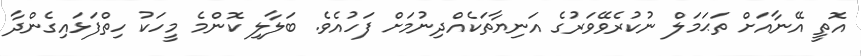
އޮތީ އޭނާއަށް ތަޙަމަލް ނުކުރެވޭވަރުގެ އަނިޔާތަކެއްދިނުމަށް ފަހުއެވެ. ބަލާލި ކޮންމެ މީހަކު ހިތްފަޅައިގެންދާ